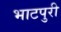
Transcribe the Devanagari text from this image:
भाटपुरी